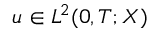
u \in L ^ { 2 } ( 0 , T ; X )